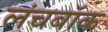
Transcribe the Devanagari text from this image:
लंचबॉक